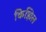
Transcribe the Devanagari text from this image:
किझिल